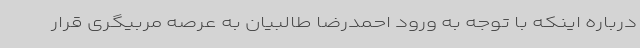
درباره اینکه با توجه به ورود احمدرضا طالبیان به عرصه مربیگری قرار